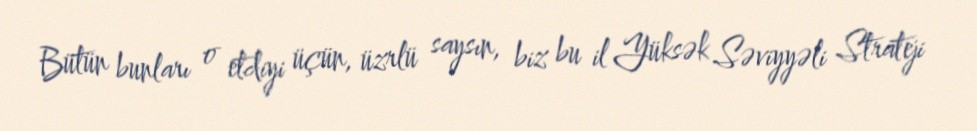
Bütün bunları o etdiyi üçün, üzrlü saysın, biz bu il Yüksək Səviyyəli Strateji